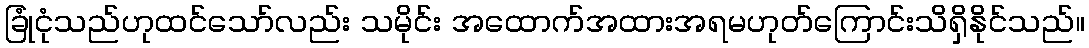
ခြုံငုံသည်ဟုထင်သော်လည်း သမိုင်း အထောက်အထားအရမဟုတ်ကြောင်းသိရှိနိုင်သည်။